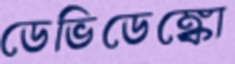
ডেভিডেঙ্কো